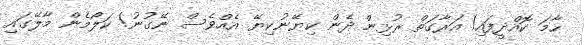
ހާމަ ކޮއްދީފައި! އަރާގަތް ރުޅިން ދެން ކިޔޭނުކިޔޭ އެއްވެސް ނޭގުނު! ކަލޯމެން މާލޭގައި